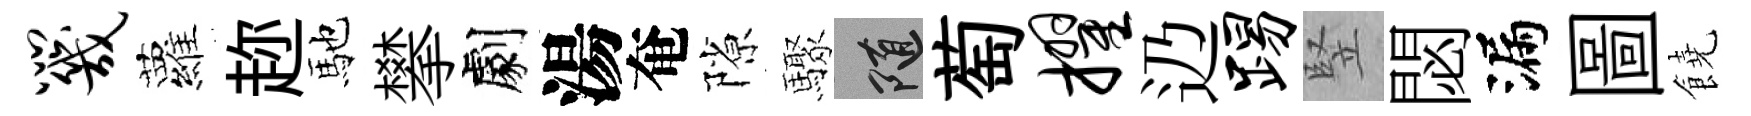
咒蘿趂馳攀劇湯奄隙驟隨萄擢辸踢竪閟漏圖饒